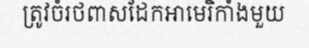
ត្រូវចំរថពាសដែកអាមេរិកាំងមួយ